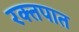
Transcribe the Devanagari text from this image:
रक्‍तपात